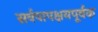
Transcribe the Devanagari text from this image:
सर्वपापक्षयपूर्वक